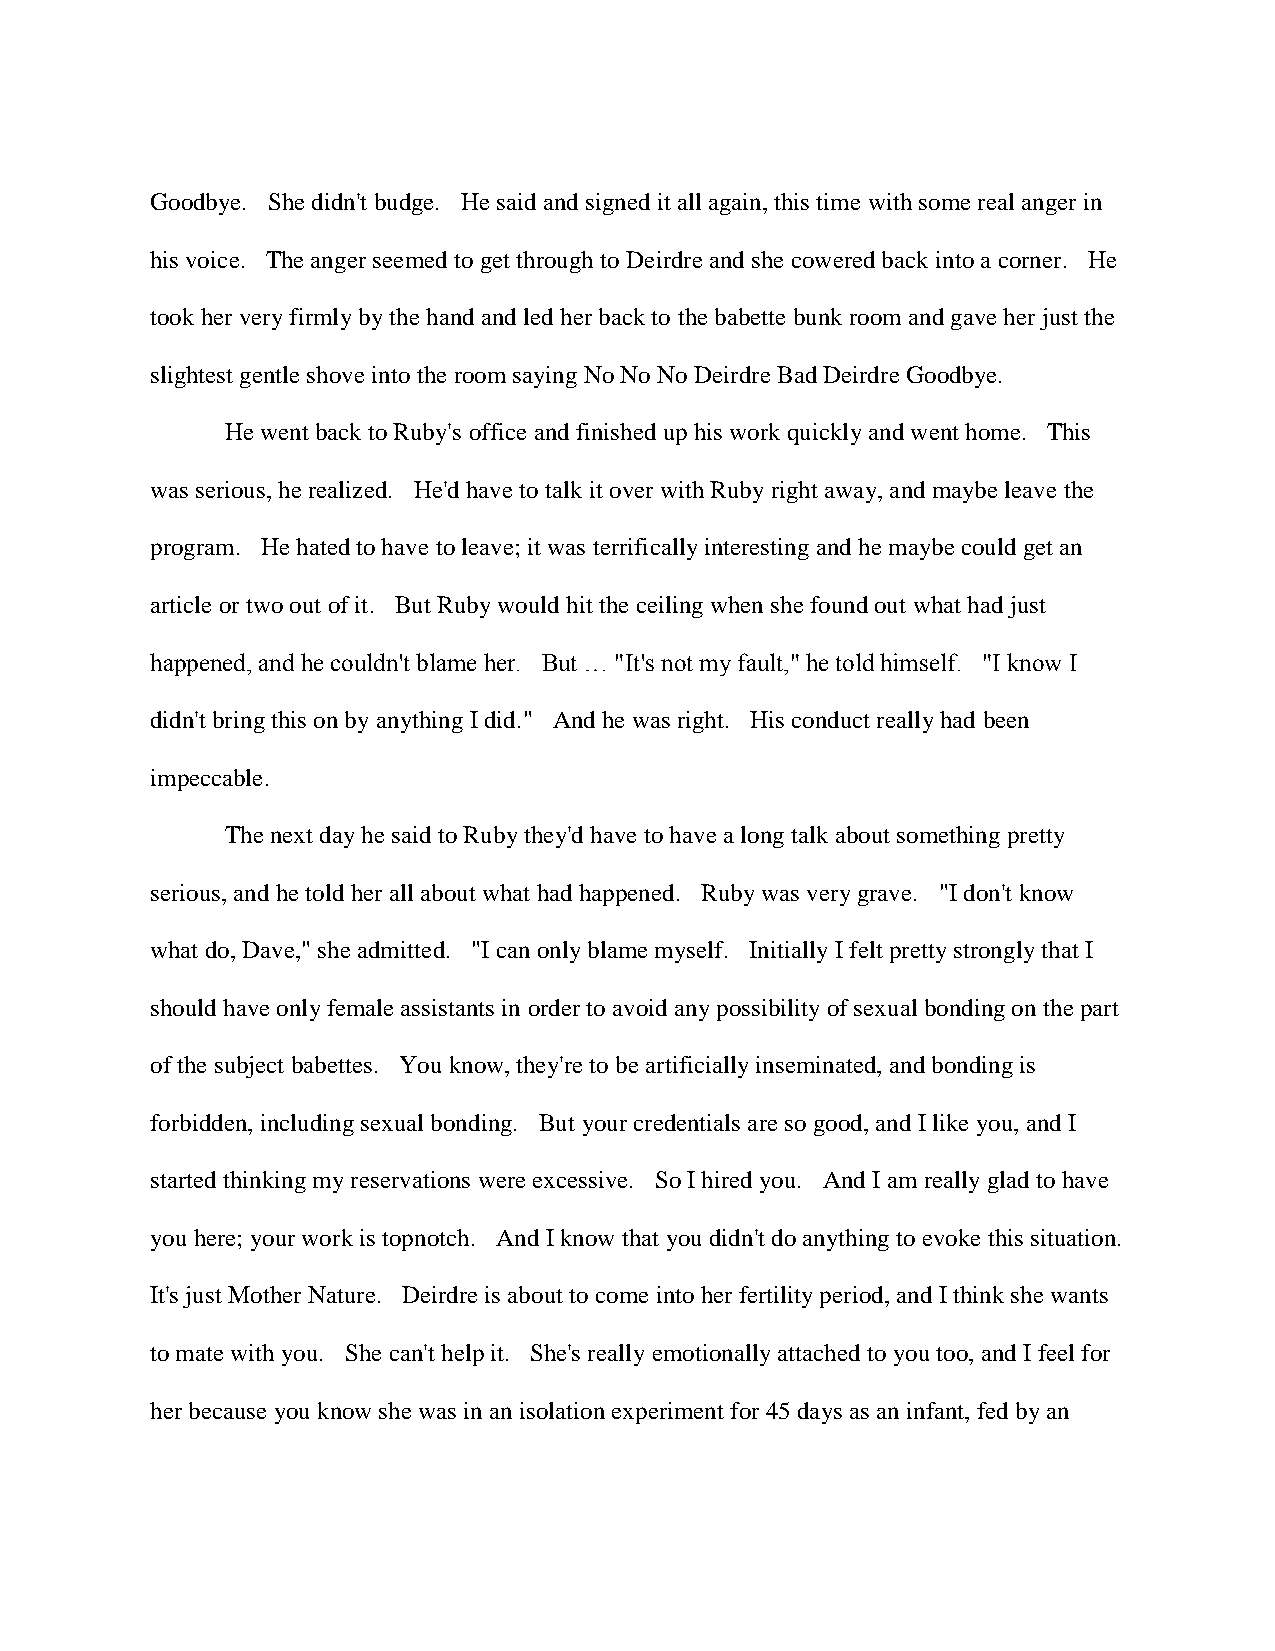
Goodbye. She didn't budge. He said and signed it all again, this time with some real anger in
 his voice. The anger seemed to get through to Deirdre and she cowered back into a corner. He
 took her very firmly by the hand and led her back to the babette bunk room and gave her just the
 slightest gentle shove into the room saying No No No Deirdre Bad Deirdre Goodbye.
 He went back to Ruby's office and finished up his work quickly and went home. This
 was serious, he realized. He'd have to talk it over with Ruby right away, and maybe leave the
 program. He hated to have to leave; it was terrifically interesting and he maybe could get an
 article or two out of it. But Ruby would hit the ceiling when she found out what had just
 happened, and he couldn't blame her. But … "It's not my fault," he told himself. "I know I
 didn't bring this on by anything I did." And he was right. His conduct really had been
 impeccable.
 The next day he said to Ruby they'd have to have a long talk about something pretty
 serious, and he told her all about what had happened. Ruby was very grave. "I don't know
 what do, Dave," she admitted. "I can only blame myself. Initially I felt pretty strongly that I
 should have only female assistants in order to avoid any possibility of sexual bonding on the part
 of the subject babettes. You know, they're to be artificially inseminated, and bonding is
 forbidden, including sexual bonding. But your credentials are so good, and I like you, and I
 started thinking my reservations were excessive. So I hired you. And I am really glad to have
 you here; your work is topnotch. And I know that you didn't do anything to evoke this situation.
 It's just Mother Nature. Deirdre is about to come into her fertility period, and I think she wants
 to mate with you. She can't help it. She's really emotionally attached to you too, and I feel for
 her because you know she was in an isolation experiment for 45 days as an infant, fed by an